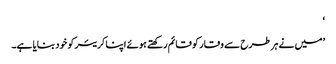
‘
’میں نے ہر طرح سے وقار کو قائم رکھتے ہوئے اپنا کریئر کو خود بنایا ہے۔